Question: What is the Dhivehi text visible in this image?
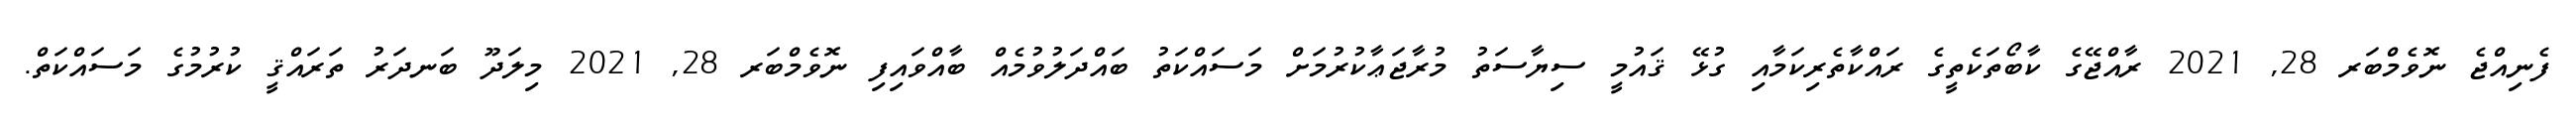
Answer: ފެނިއްޖެ ނޮވެމްބަރ 28, 2021 ރާއްޖޭގެ ކާބޯތަކެތީގެ ރައްކާތެރިކަމާއި ގުޅޭ ޤައުމީ ސިޔާސަތު މުރާޖަޢާކުރުމަށް މަސައްކަތު ބައްދަލުވުމެއް ބާއްވައިފި ނޮވެމްބަރ 28, 2021 މިލަދޫ ބަނދަރު ތަރައްޤީ ކުރުމުގެ މަސައްކަތް.